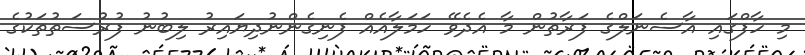
މި ހާފްގައި އާސެނަލްގެ ފަރާތުން މާ އެދެވޭ ހަމަލާއެއް ފެނިގެންނުދިޔައިރު ލިބުނު ފުރުސަތުތަކުގެ